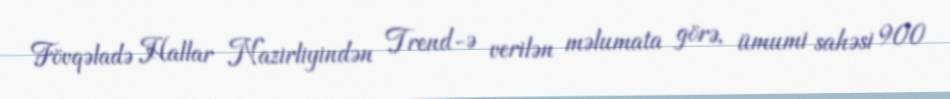
Fövqəladə Hallar Nazirliyindən Trend-ə verilən məlumata görə, ümumi sahəsi 900